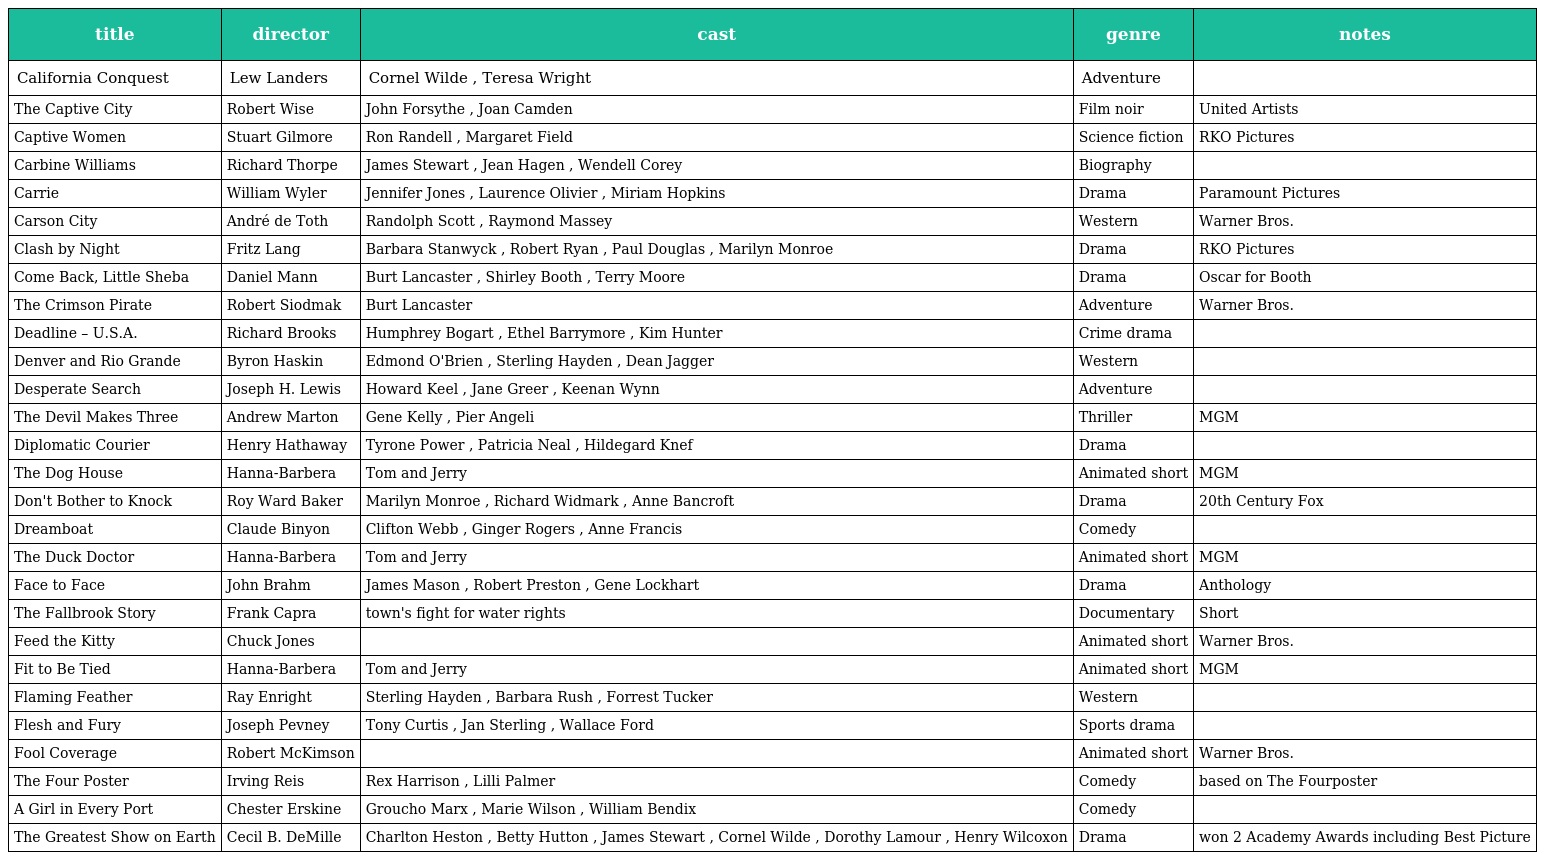
| title | director | cast | genre | notes |
 | --- | --- | --- | --- | --- |
 | California Conquest | Lew Landers | Cornel Wilde , Teresa Wright | Adventure |  |
 | The Captive City | Robert Wise | John Forsythe , Joan Camden | Film noir | United Artists |
 | Captive Women | Stuart Gilmore | Ron Randell , Margaret Field | Science fiction | RKO Pictures |
 | Carbine Williams | Richard Thorpe | James Stewart , Jean Hagen , Wendell Corey | Biography |  |
 | Carrie | William Wyler | Jennifer Jones , Laurence Olivier , Miriam Hopkins | Drama | Paramount Pictures |
 | Carson City | André de Toth | Randolph Scott , Raymond Massey | Western | Warner Bros. |
 | Clash by Night | Fritz Lang | Barbara Stanwyck , Robert Ryan , Paul Douglas , Marilyn Monroe | Drama | RKO Pictures |
 | Come Back, Little Sheba | Daniel Mann | Burt Lancaster , Shirley Booth , Terry Moore | Drama | Oscar for Booth |
 | The Crimson Pirate | Robert Siodmak | Burt Lancaster | Adventure | Warner Bros. |
 | Deadline – U.S.A. | Richard Brooks | Humphrey Bogart , Ethel Barrymore , Kim Hunter | Crime drama |  |
 | Denver and Rio Grande | Byron Haskin | Edmond O'Brien , Sterling Hayden , Dean Jagger | Western |  |
 | Desperate Search | Joseph H. Lewis | Howard Keel , Jane Greer , Keenan Wynn | Adventure |  |
 | The Devil Makes Three | Andrew Marton | Gene Kelly , Pier Angeli | Thriller | MGM |
 | Diplomatic Courier | Henry Hathaway | Tyrone Power , Patricia Neal , Hildegard Knef | Drama |  |
 | The Dog House | Hanna-Barbera | Tom and Jerry | Animated short | MGM |
 | Don't Bother to Knock | Roy Ward Baker | Marilyn Monroe , Richard Widmark , Anne Bancroft | Drama | 20th Century Fox |
 | Dreamboat | Claude Binyon | Clifton Webb , Ginger Rogers , Anne Francis | Comedy |  |
 | The Duck Doctor | Hanna-Barbera | Tom and Jerry | Animated short | MGM |
 | Face to Face | John Brahm | James Mason , Robert Preston , Gene Lockhart | Drama | Anthology |
 | The Fallbrook Story | Frank Capra | town's fight for water rights | Documentary | Short |
 | Feed the Kitty | Chuck Jones |  | Animated short | Warner Bros. |
 | Fit to Be Tied | Hanna-Barbera | Tom and Jerry | Animated short | MGM |
 | Flaming Feather | Ray Enright | Sterling Hayden , Barbara Rush , Forrest Tucker | Western |  |
 | Flesh and Fury | Joseph Pevney | Tony Curtis , Jan Sterling , Wallace Ford | Sports drama |  |
 | Fool Coverage | Robert McKimson |  | Animated short | Warner Bros. |
 | The Four Poster | Irving Reis | Rex Harrison , Lilli Palmer | Comedy | based on The Fourposter |
 | A Girl in Every Port | Chester Erskine | Groucho Marx , Marie Wilson , William Bendix | Comedy |  |
 | The Greatest Show on Earth | Cecil B. DeMille | Charlton Heston , Betty Hutton , James Stewart , Cornel Wilde , Dorothy Lamour , Henry Wilcoxon | Drama | won 2 Academy Awards including Best Picture |